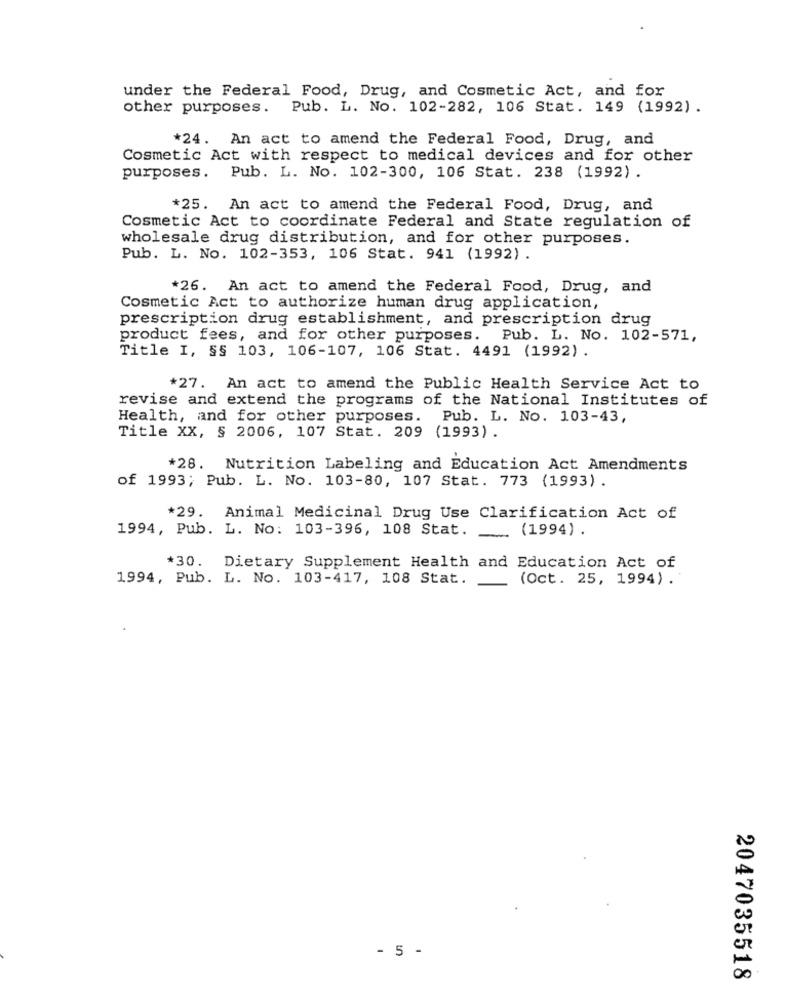
under the Federal Food, Drug, and Cosmetic Act, and for
other purposes. Pub. L. No. 102-282, 106 Stat. 149 (1992).
*24. An act to amend the Federal Food, Drug, and
Cosmetic Act with respect to medical devices and for other
purposes. Pub. L. No. 102-300, 106 Stat. 238 (1992) .
*25. An act to amend the Federal Food, Drug, and
Cosmetic Act to coordinate Federal and State regulation of
wholesale drug distribution, and for other purposes.
Pub. L. No. 102-353, 106 Stat. 941 (1992) .
*26. An act to amend the Federal Food, Drug, and
Cosmetic Act to authorize human drug application,
prescription drug establishment, and prescription drug
product fees, and for other purposes. Pub. L. No. 102-571,
Title I, §§ 103, 106-107, 106 Stat. 4491 (1992).
*27. An act to amend the Public Health Service Act to
revise and extend the programs of the National Institutes of
Health, and for other purposes. Pub. L. No. 103-43,
Title XX, § 2006, 107 Stat. 209 (1993).
*28. Nutrition Labeling and Education Act Amendments
of 1993; Pub. L. No. 103-80, 107 Stat. 773 (1993) .
*29. Animal Medicinal Drug Use Clarification Act of
1994, Pub. L. No: 103-396, 108 Stat. (1994) .
*30.
Dietary Supplement Health and Education Act of
1994, Pub. L. No. 103-417, 108 Stat.
(Oct. 25, 1994) .
- 5 -
2047035518